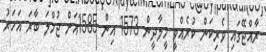
ރާއްޖޭގައި ވެރިކަން ކުރެއްވީ މީލާދީން 1573 އިން 1585އަށް ޖުމްލަ ބާރަ އަހަރު